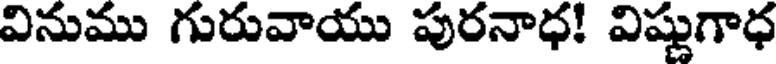
వినుము గురువాయు పురనాధ! విష్ణుగాధ